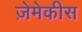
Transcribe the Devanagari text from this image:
ज़ेमेकीस